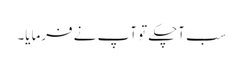
سب آچکے تو آپ نے فرمایا۔